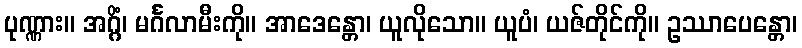
ပုဏ္ဏား။ အဂ္ဂိံ၊ မင်္ဂလာမီးကို။ အာဒေန္တော၊ ယူလိုသော။ ယူပံ၊ ယဇ်တိုင်ကို။ ဥဿာပေန္တော၊